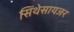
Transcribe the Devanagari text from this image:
सिंथेसायजर